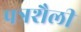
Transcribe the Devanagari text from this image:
पत्रशैली